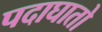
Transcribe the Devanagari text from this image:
पदाघातो